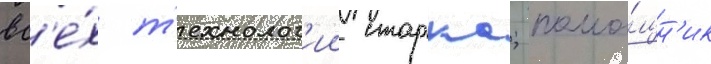
вс'е́х т'ехнолог'ии старка; помо́щн'ик